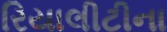
રિયાલીટીના